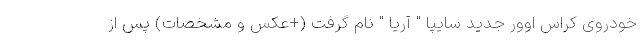
خودروی کراس اوور جدید سایپا " آریا " نام گرفت (+عکس و مشخصات) پس از